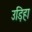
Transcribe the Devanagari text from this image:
उड़िहा